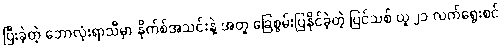
ပြီးခဲ့တဲ့ ဘောလုံးရာသီမှာ နိုက်စ်အသင်းနဲ့ အတူ ခြေစွမ်းပြနိုင်ခဲ့တဲ့ ပြင်သစ် ယူ ၂၁ လက်ရွေးစင်